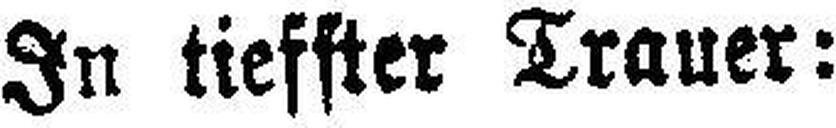
In tiefster Trauer: